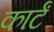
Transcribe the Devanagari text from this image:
कार्टं